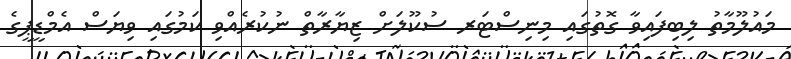
މައުލޫމާތު ލިބިފައިވާ ގޮތުގައި މިނިސްޓަރ ސުކޫލަށް ޒިޔާރާތް ނުކުރެއްވި ކަމުގައި ވިޔަސް އެމްޑީޕީގެ